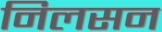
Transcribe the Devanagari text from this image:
निलसन